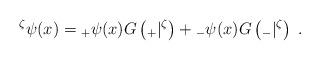
LaTeX: \begin{align*}{}^\zeta \psi (x)={}_{+}\psi (x)G\left( {}_{+}|{}^\zeta \right) +{}_{-}\psi(x)G\left( {}_{-}|{}^\zeta \right) \;. \end{align*}